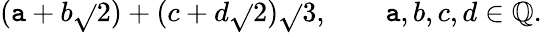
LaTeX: (\mathtt{a}+b{\sqrt{}{{2}}})+(c+d{\sqrt{}{{2}}}){\sqrt{}{{3}}},\qquad\mathtt{a},b,c,d\in\mathbb{{Q}}.